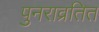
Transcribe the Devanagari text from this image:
पुनराव्रतित